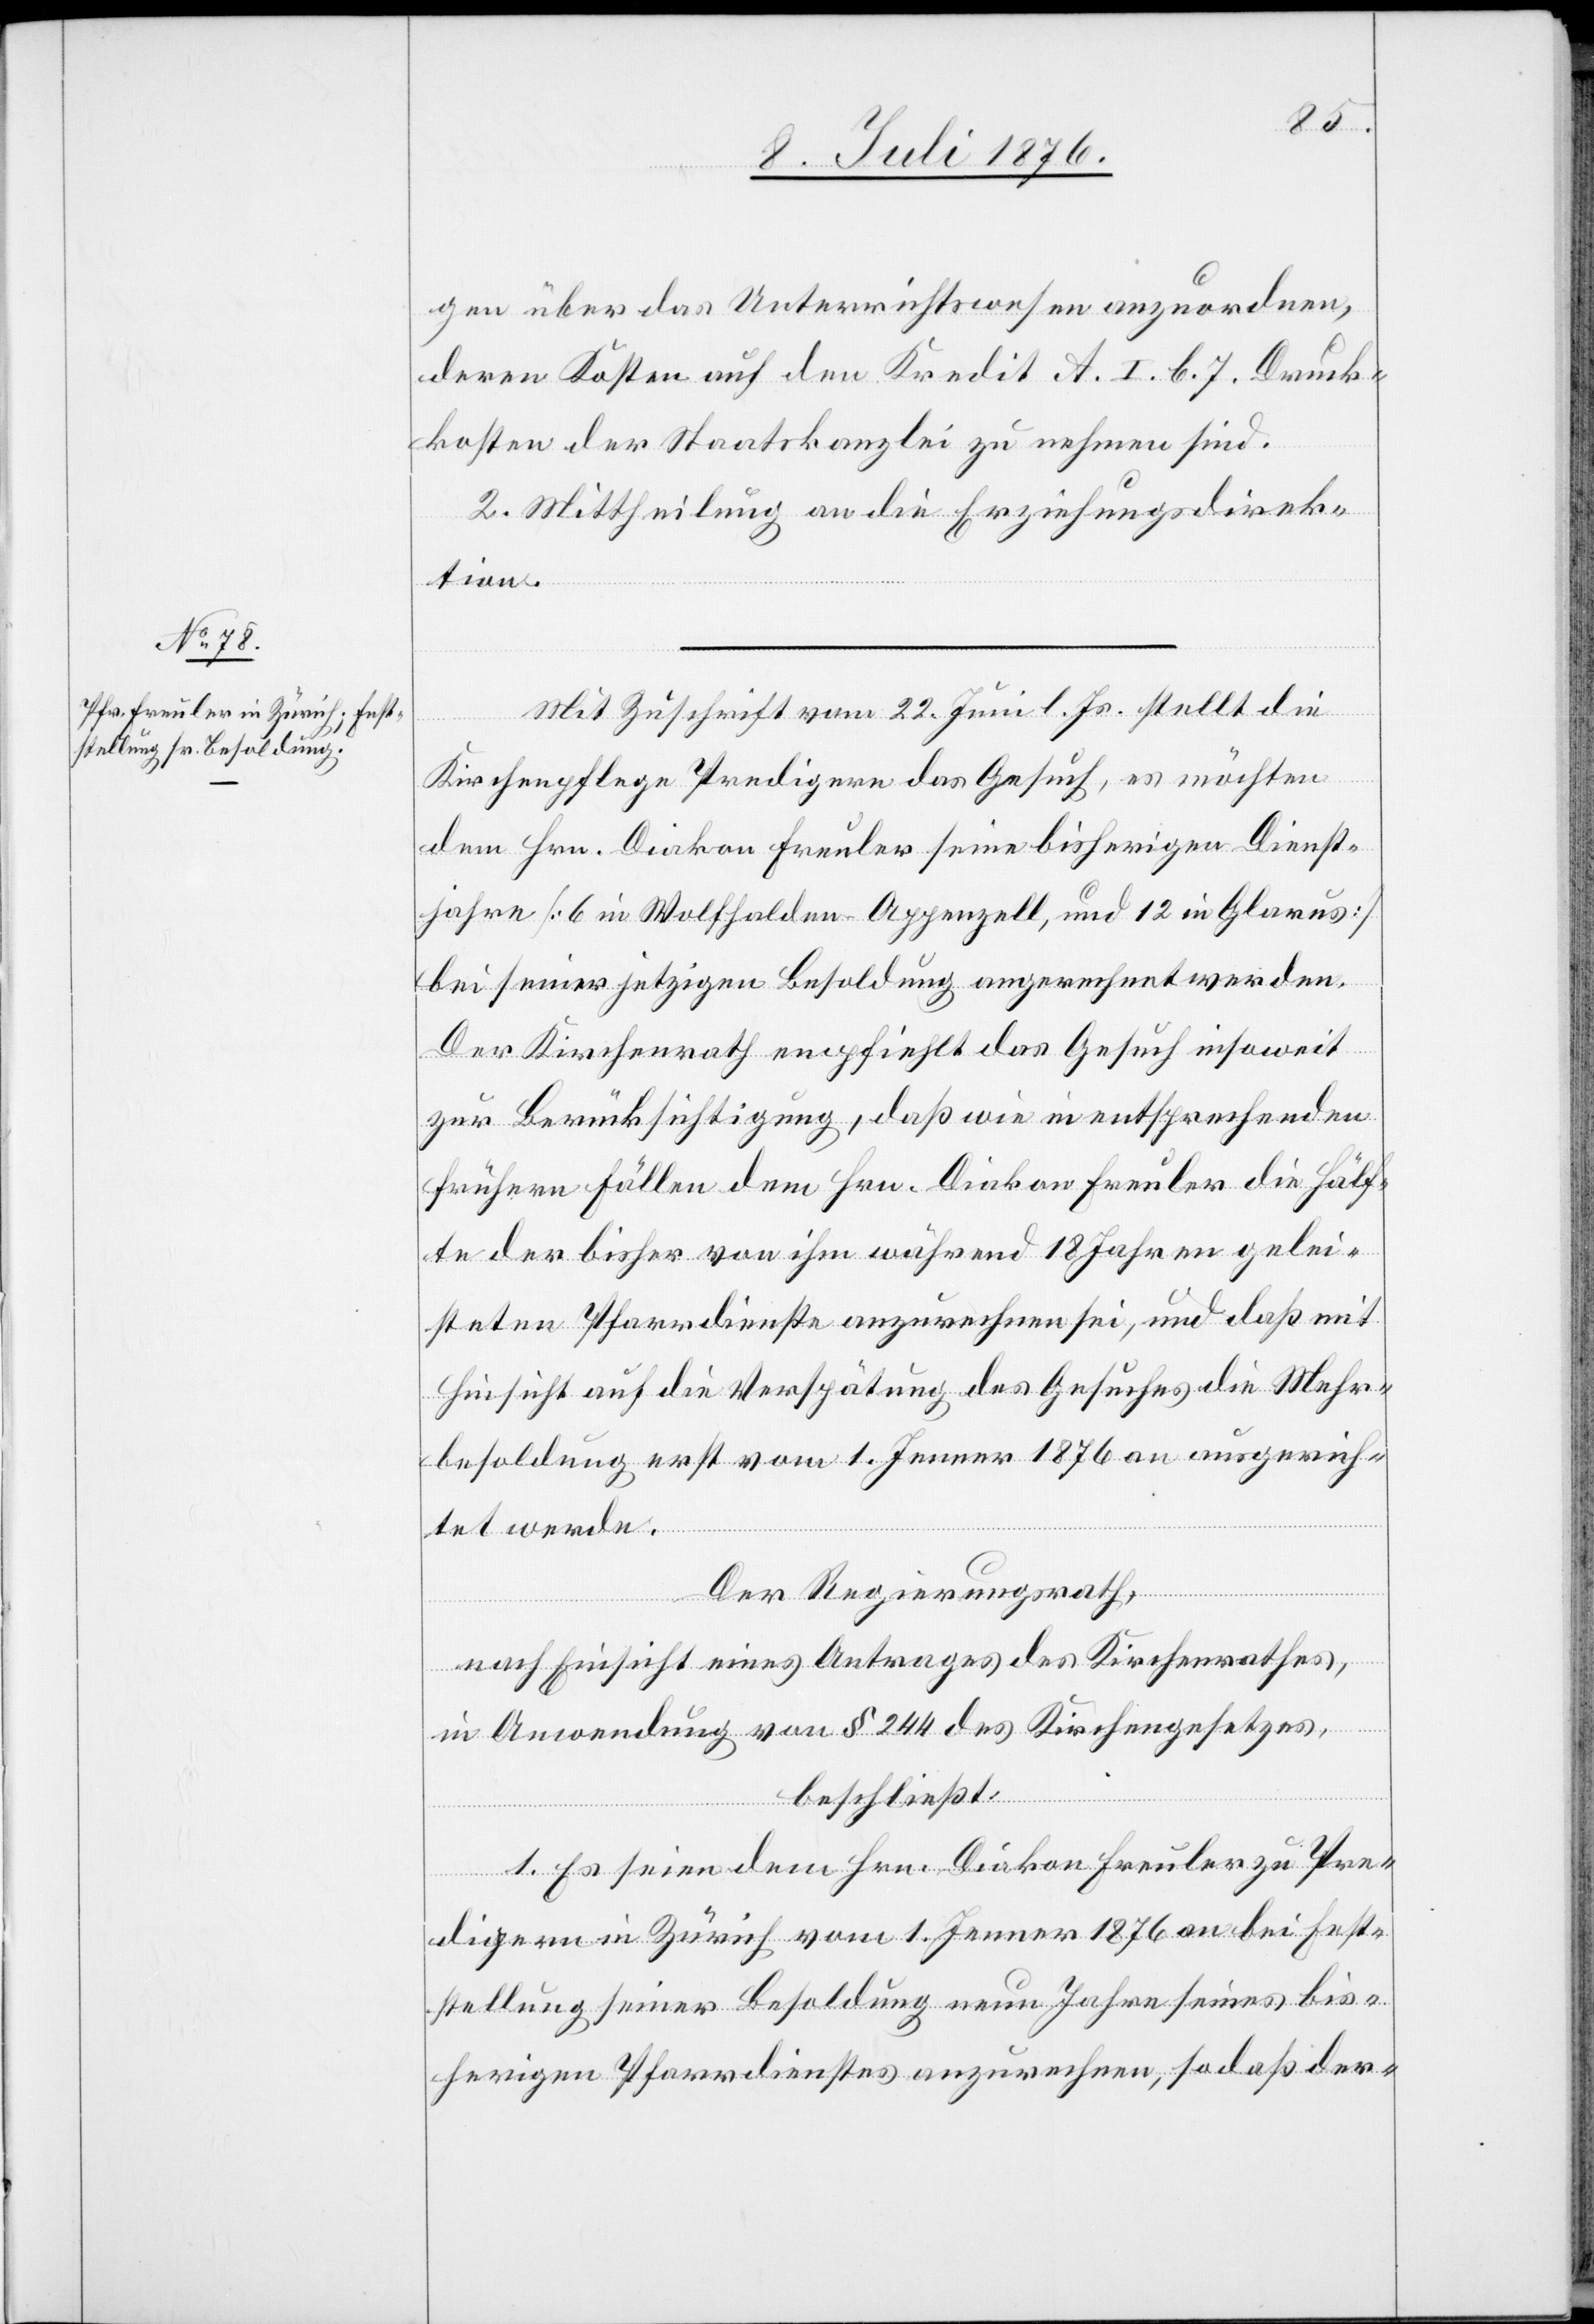
gen über das Unterrichtswesen anzuordnen,
deren Kosten auf den Kredit A. I. b. 7. Druck¬
kosten der Staatskanzlei zu nehmen sind.
2. Mittheilung an die Erziehungsdirek¬
tion,
Mit Zuschrift vom 22. Juni l. Js. stellt die
Kirchenpflege Predigern das Gesuch, es möchten
dem Hrn. Diakon Freuler seine bisherigen Dienst¬
jahre [6 in Wolfhalben - Appenzell, und 12 in Glarus]
bei seiner jetzigen Besoldung angerechnet werden.
Der Kirchenrath empfiehlt das Gesuch insoweit
zur Berücksichtigung, daß wie in entsprechenden
frühern Fällen dem Hrn. Diakon Freuler die Hälf¬
te der bisher von ihm während 18 Jahren gelei¬
steten Pfarrdienste anzurechnen sei, und daß mit
Hinsicht auf die Verspätung des Gesuches die Mehr¬
besoldung erst vom 1. Jenner 1876 an ausgerich¬
tet werde.
Der Regierungsrath,
nach Einsicht eines Antrages der Kirchenrathes,
in Anwendung von § 244 des Kirchengesetzes,
beschließt:
1. Es seien dem Hrn. Diakon Freuler zu Pre¬
digern in Zürich vom 1. Jenner 1876 an bei Fest¬
stellung seiner Besoldung neun Jahre seines bis¬
herigen Pfarrdienstes anzurechnen, so daß der-